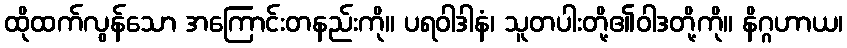
ထိုထက်လွန်သော အကြောင်းတနည်းကို။ ပရဝါဒါနံ၊ သူတပါးတို့၏ဝါဒတို့ကို။ နိဂ္ဂဟာယ၊